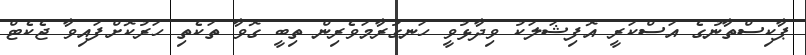
ޕާކިސްތާނުގެ އަސްކަރީ އޮފިޝަލަކު ވިދާޅުވީ ހަނގުރާމަވެރިން ތިބީ ގޮވާ ތަކެތި ހަރުކޮށްފައިވާ ޖެކެޓް